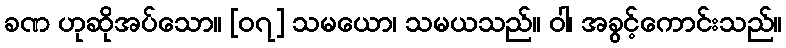
ခဏ ဟုဆိုအပ်သော။ [၀၇] သမယော၊ သမယသည်။ ဝါ၊ အခွင့်ကောင်းသည်။